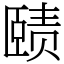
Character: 赜